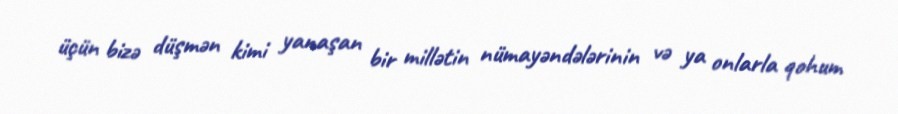
üçün bizə düşmən kimi yanaşan bir millətin nümayəndələrinin və ya onlarla qohum